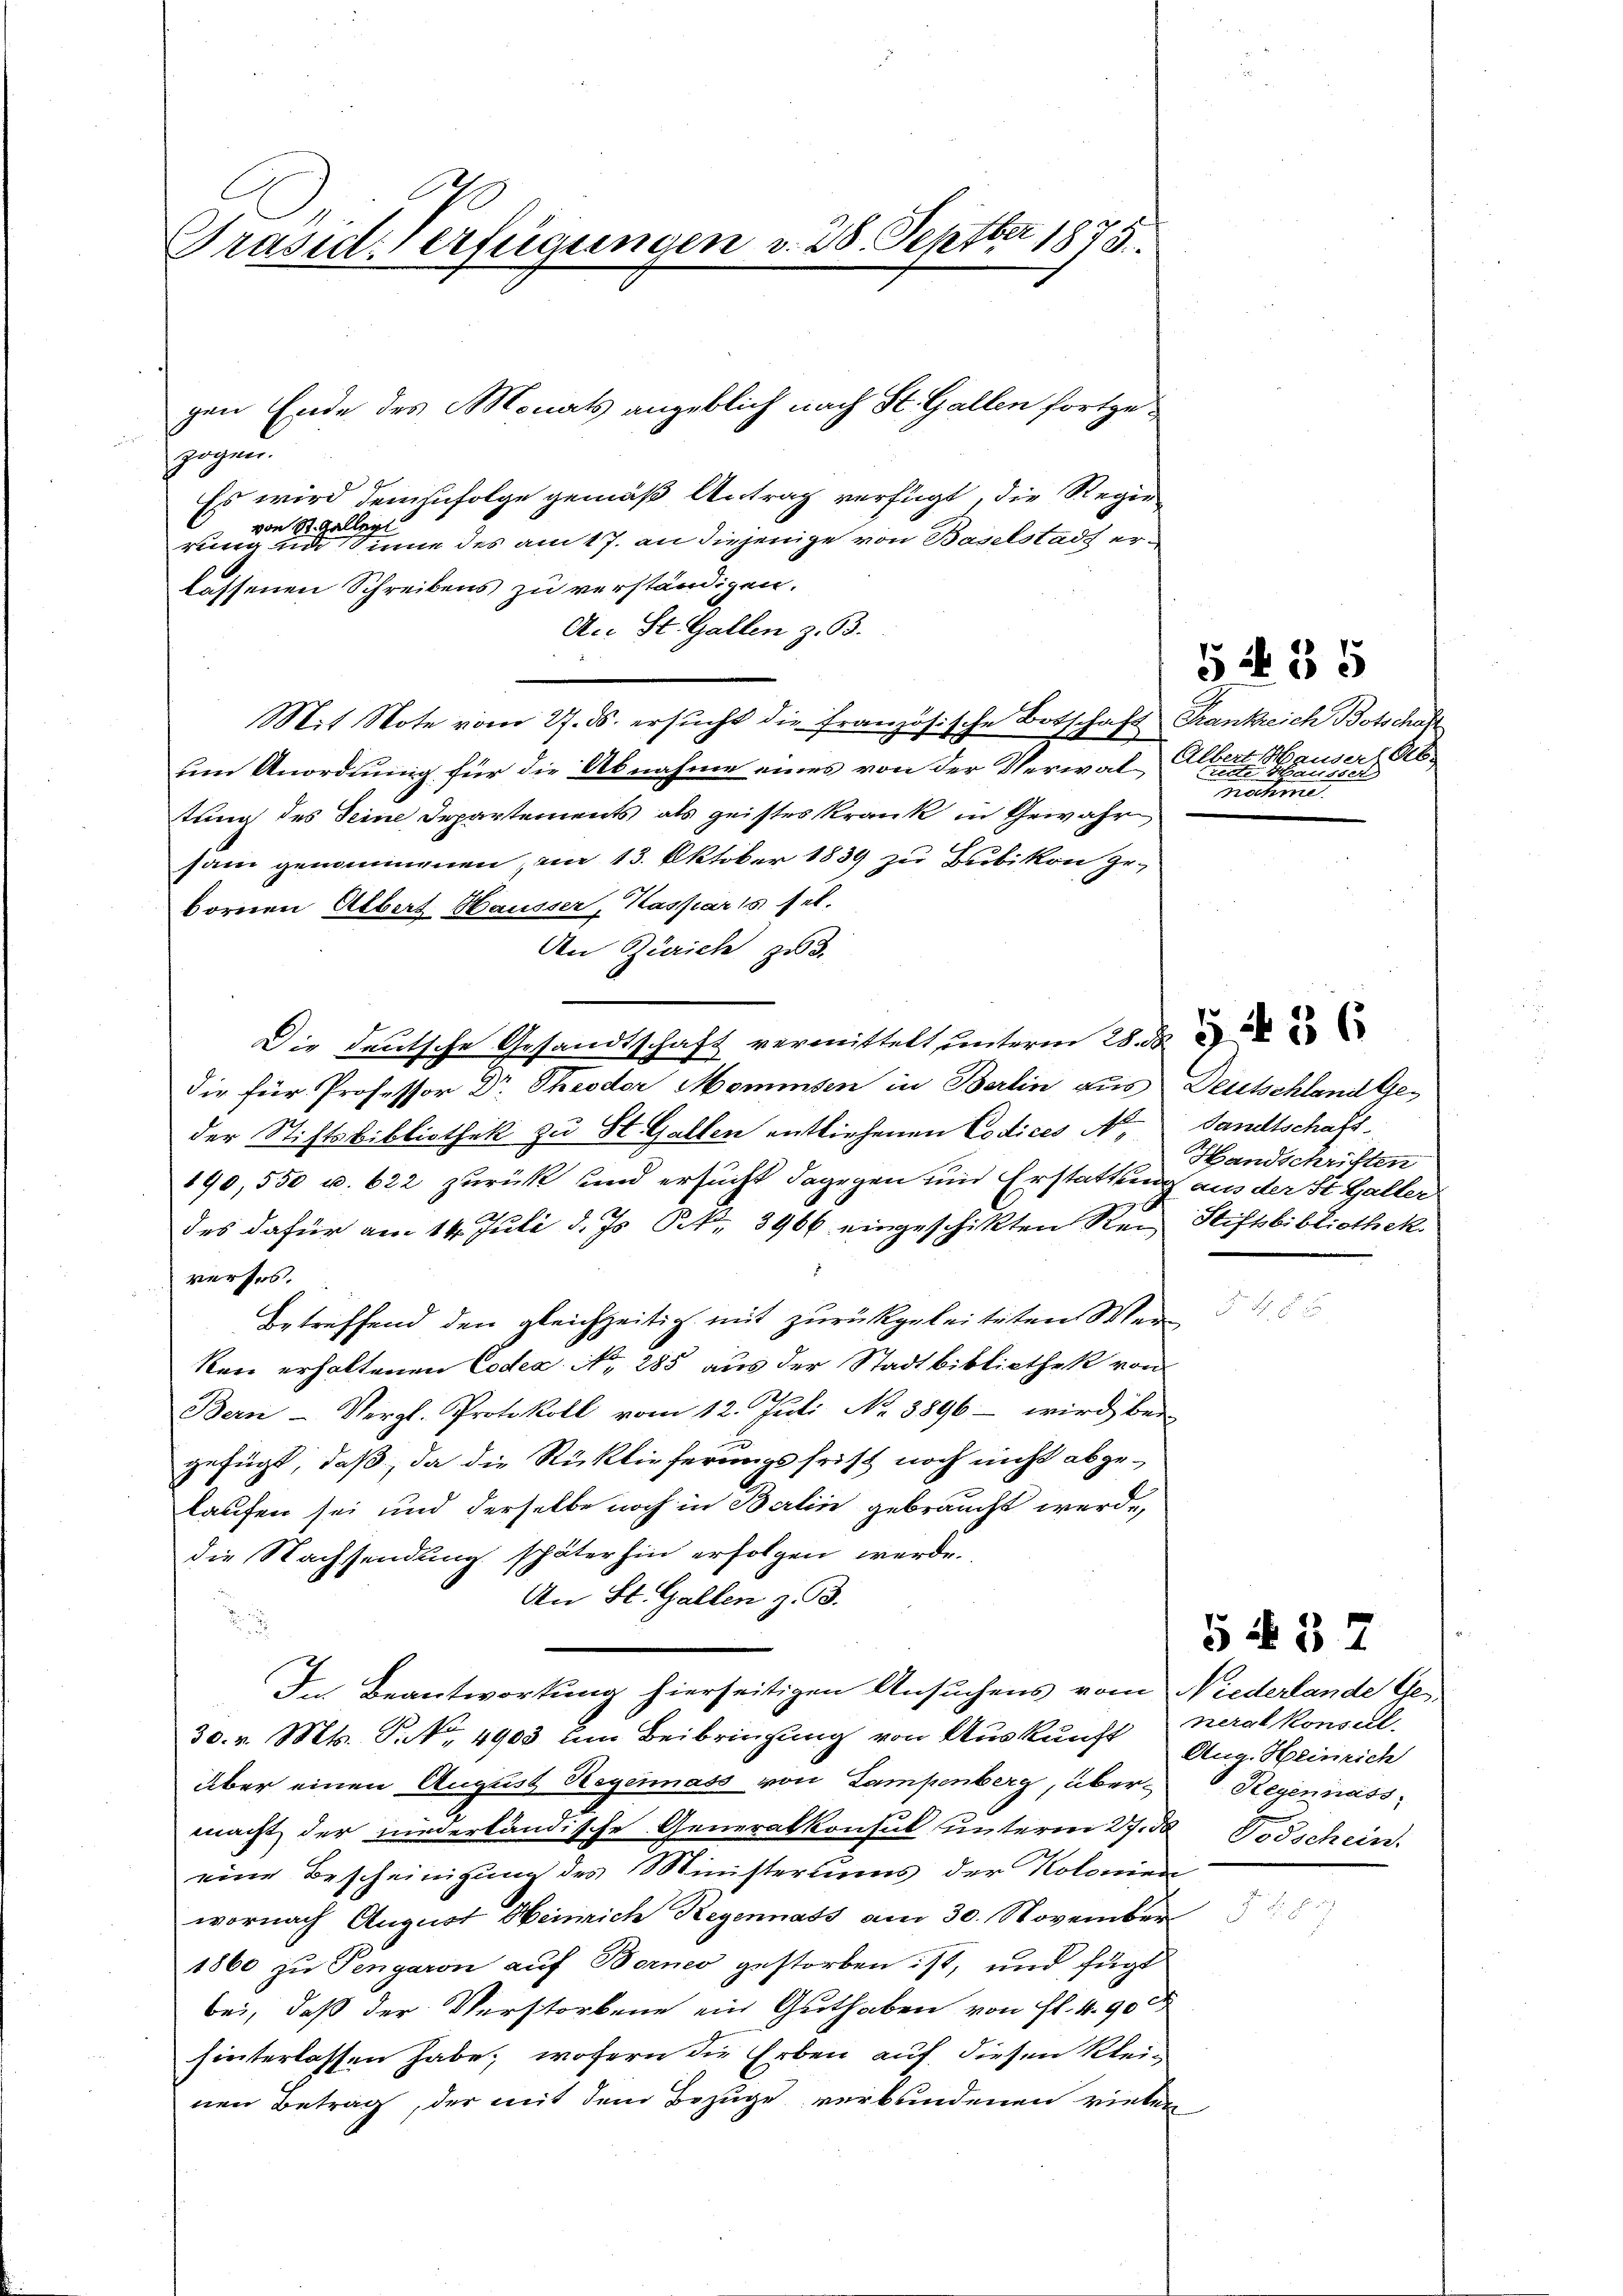
Präsid. Verfügungen v. 28. Septbr 1875.

zogen.
b
Es wird demzufolge gemäß Antrag verfügt, die Regie
von St. Galler
rung und Sinne des am 17. an diejenige von Baselstadt erlassenen Schreibens zu verständigen.
An St. Gallen z. B.
Mit Note vom 27. ds. ersucht die französische Botschaft Frankreich Botschaf
um Anordnung für die Abnahme eines von der Verwaltung des Seine Departements als geistes Krank in Gewahr
sam genommenen, am 13. Oktober 1839 zu Bubikon gebornen Albert Hausser, Kaspar's sel.
An Zürich zu 3.
Die deutsche Gesandtschaft vermittelt unterm 28. d.
die für Professor Dr. Theodor Mommsen in Berlin aus Deutschland Geder Stiftsbibliothek zu St. Gallen entliehenen Codices N. Sandtschaft
190,550 u. 622 zurück und ersucht dagegen und Erstattung aus der St. Galler
des dafür am 14. Juli d. Js. Frk. 3966 eingeschikten Rei-Stiftbibliothek
verses.
Betreffend den gleichzeitig mit zurückgeleiteten Wer-
Ren erhaltenen Codex No 285 aus der Stadtbibliothek von
Bern Vergl. Protokoll vom 12. Juli No 8896 wird bei
gefügt, daß, da die Rücklieferungsfrist noch nicht abgelaufen sei und derselbe noch in Berlin gebraucht werde,
die Nachsendung späterhin erfolgen werde.
An St. Gallen z. B.
In Beantwortung hierseitigen Ansuchens vom Niederlande Ge¬
30. v. Mts. P. Nr. 4903 um Beibringung von Auskunft Aug. Heinrich
über einen August Regemass von Lampenberg, übermacht der niederländische Generalkonsul unterm 27. d. Todschein.
eine Bescheinigung des Ministeriums der Kolonien
wornach August Heinrich Regennass am 30. November
1860 zu Pengaron auf Berner gestorben ist, und fügt
bei, daß der Verstorbene ein Guthaben von fl. 4. 90
hinterlassen habe; wofern die Erben auf diesen Klei-
nen Betrag, der mit dem Bezuge verbundenen virten

gen Ende des Monats angeblich nach St. Gallen fortge¬

Albert Hauser Abs
e Sach
Rachine

Handschriften

5 435

neralkonsull.
Regensass

5 § 37